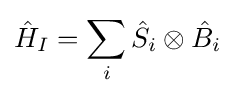
{\hat {H}}_{I}=\sum _{i}{\hat {S}}_{i}\otimes {\hat {B}}_{i}